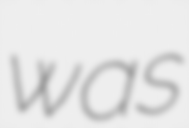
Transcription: was